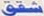
شقق